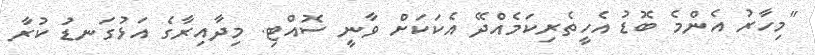
"މިހާރު އެންމެ ބޮޑު އެހީތެރިކަމެއްދޭ އެކަކަށް ވާނީ ސޮއްޓި. މިދާއިރާގެ އަޅުގަނޑު ކުރާ